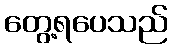
တွေ့ရပေသည်